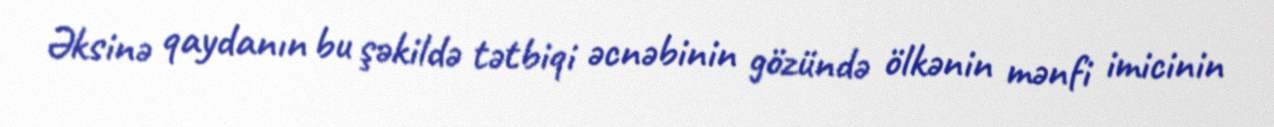
Əksinə qaydanın bu şəkildə tətbiqi əcnəbinin gözündə ölkənin mənfi imicinin